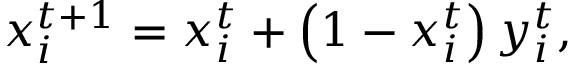
x _ { i } ^ { t + 1 } = x _ { i } ^ { t } + \left( 1 - x _ { i } ^ { t } \right) y _ { i } ^ { t } ,